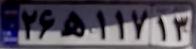
۲۶ه۱۱۷۱۳